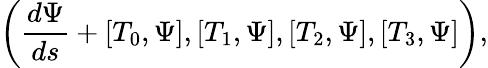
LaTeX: \left(\frac{d\Psi}{ds}+[{T}_{0},\Psi],[{T}_{1},\Psi],[{T}_{2},\Psi],[{T}_{3},\Psi]\right),